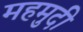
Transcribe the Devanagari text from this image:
महमुदी